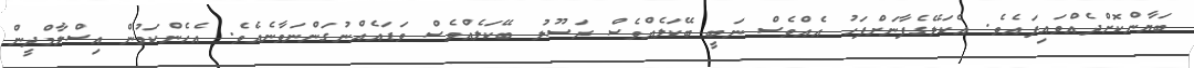
ބަޔާންކޮށްދެއްވައިފައެވެ. އެކަލޭގެފާނަށްފަހު އެއްވެސް ނަބީ ބޭކަލެއްވެސް ރަސޫލު ބޭކަލެއްވެސް ވަޑައެއްނުގަންނަވާނެއެވެ. އެހެންކަމުން އިސްލާމްދީން